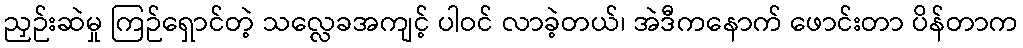
ညှဉ်းဆဲမှု ကြဉ်ရှောင်တဲ့ သလ္လေခအကျင့် ပါဝင် လာခဲ့တယ်၊ အဲဒီကနောက် ဖောင်းတာ ပိန်တာက